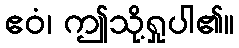
ဧဝံ၊ ဤသို့ရှုပါ၏။